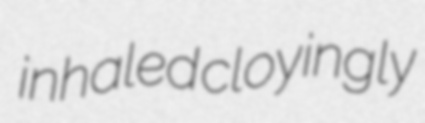
inhaled cloyingly